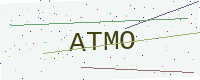
Text: ATMO